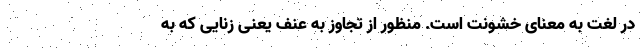
در لغت به معنای خشونت است. منظور از تجاوز به عنف یعنی زنایی که به